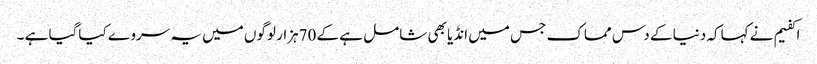
اکفیم نے کہاکہ دنیا کے دس مماک جس میں انڈیا بھی شامل ہے کے 70ہزار لوگوں میں یہ سروے کیاگیا ہے ۔